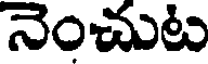
నెంచుట